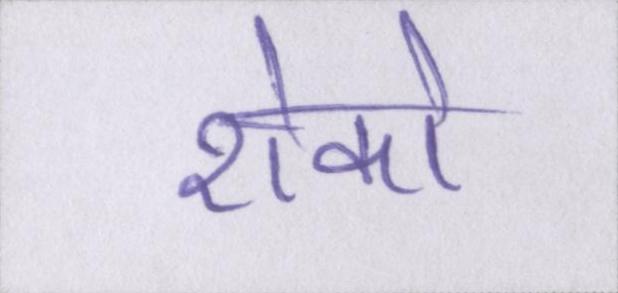
रोको